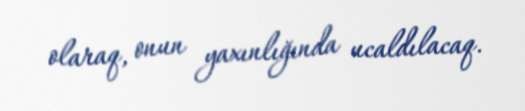
olaraq, onun yaxınlığında ucaldılacaq.